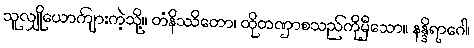
သူလျှိုယောကျ်ားကဲ့သို့။ တံနိဿိတော၊ ထိုတဏှာစသည်ကိုမှီသော။ နန္ဒိရာဂေါ၊